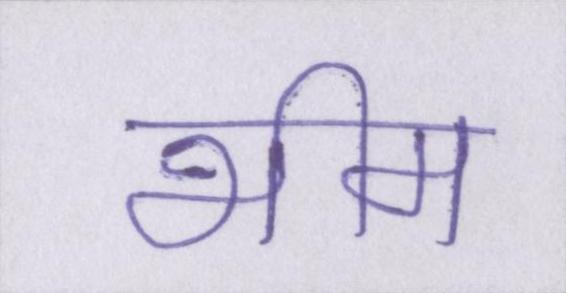
भीम